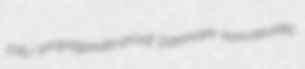
FRU propaganda-proof Danmark noncasuistic